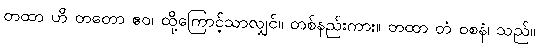
တထာ ဟိ တတော ဧဝ၊ ထို့ကြောင့်သာလျှင်။ တစ်နည်းကား။ တထာ တံ ဝစနံ၊ သည်။